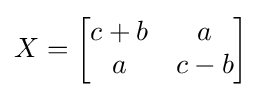
X={\begin{bmatrix}c+b&a\\a&c-b\end{bmatrix}}